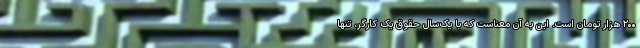
۲۰۰ هزار تومان است. این به آن معناست که با یک‌سال حقوق یک کارگر، تنها